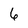
Character: 6